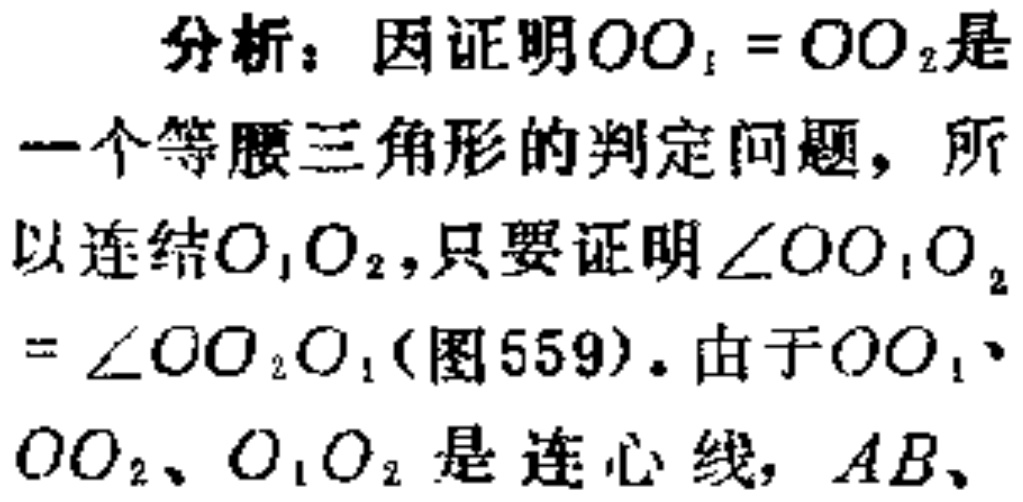
分析：因证明\(OO_{1}=OO_{2}\)是一个等腰三角形的判定问题，所以连结\(O_{1}O_{2}\)，只要证明\(\angle OO_{1}O_{2}=\angle OO_{2}O_{1}\)(图559)。由于\(OO_{1}\)、\(OO_{2}\)、\(O_{1}O_{2}\)是连心线，\(AB\)、